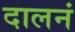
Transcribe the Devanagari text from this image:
दालनं